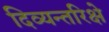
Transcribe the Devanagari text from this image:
दिव्यन्तरिक्षे